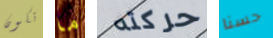
تكون ما حركته حسنا